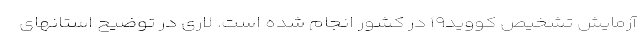
آزمایش تشخیص کووید۱۹ در کشور انجام شده است. لاری در توضیح استانهای